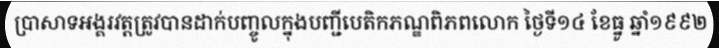
ប្រាសាទអង្គរវត្តត្រូវបានដាក់បញ្ចូលក្នុងបញ្ជីបេតិកភណ្ឌពិភពលោក ថ្ងៃទី១៤ ខែធ្នូ ឆ្នាំ១៩៩២